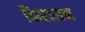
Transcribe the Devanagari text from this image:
किरासन